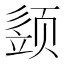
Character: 𩖕